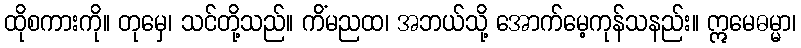
ထိုစကားကို။ တုမှေ၊ သင်တို့သည်။ ကိံမညထ၊ အဘယ်သို့ အောက်မေ့ကုန်သနည်း။ ဣမေဓမ္မာ၊